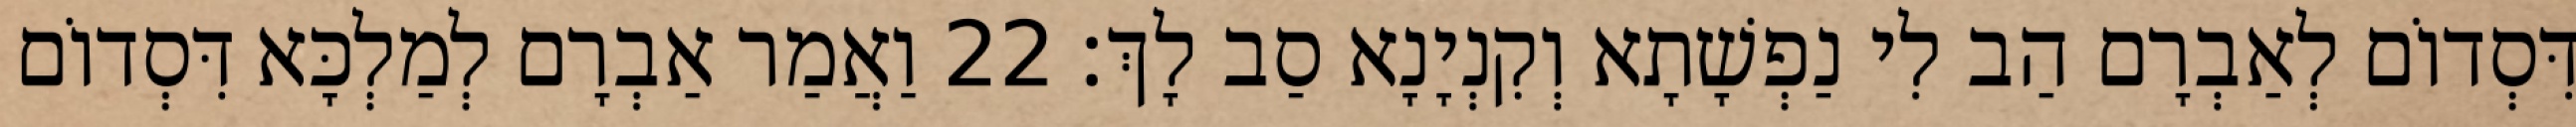
דִּסְדוֹם לְאַבְרָם הַב לִי נַפְשָׁתָא וְקִנְיָנָא סַב לָךְ׃ 22 וַאֲמַר אַבְרָם לְמַלְכָּא דִּסְדוֹם